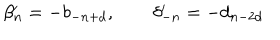
\beta _ { n } ^ { \prime } = - b _ { - n + d } , \qquad \delta _ { - n } ^ { \prime } = - d _ { n - 2 d }